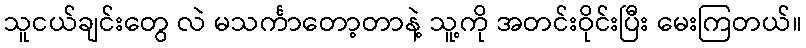
သူငယ်ချင်းတွေ လဲ မသင်္ကာတော့တာနဲ့ သူ့ကို အတင်းဝိုင်းပြီး မေးကြတယ်။